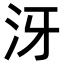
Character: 𣲨